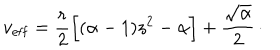
v _ { \mathrm { e f f } } = { \frac { r } { 2 } } \Bigl [ ( \alpha - 1 ) z ^ { 2 } - \alpha \Bigr ] + { \frac { \sqrt { \alpha } } { 2 } } \, \cdotp